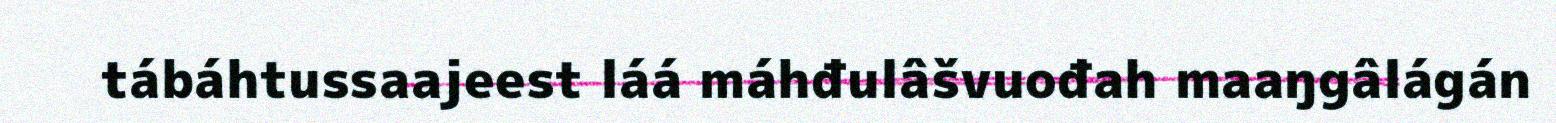
tábáhtussaajeest láá máhđulâšvuođah maaŋgâlágán